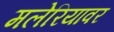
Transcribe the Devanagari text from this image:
मलेरियावर